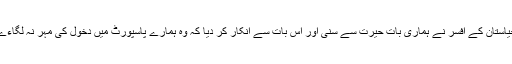
حیاستان کے افسر نے ہماری بات حیرت سے سنی اور اس بات سے انکار کر دیا کہ وہ ہمارے پاسپورٹ میں دخول کی مہر نہ لگاءے۔